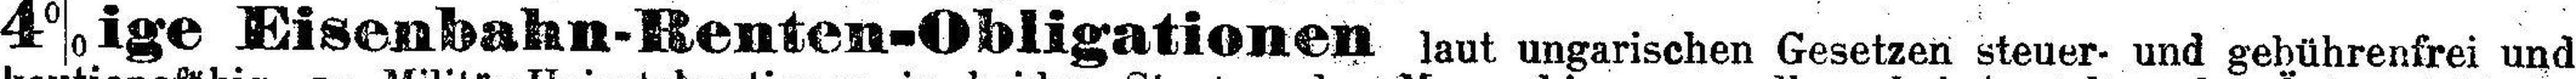
4%ige Eisenbahn-Renten-Obligationen laut ungarischen Gesetzen steuer- und gebührenfrei und